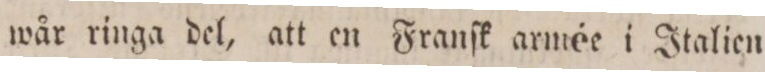
wår ringa del, att en Franſk armée i Italien